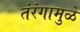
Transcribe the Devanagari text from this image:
तंरंगामुळे